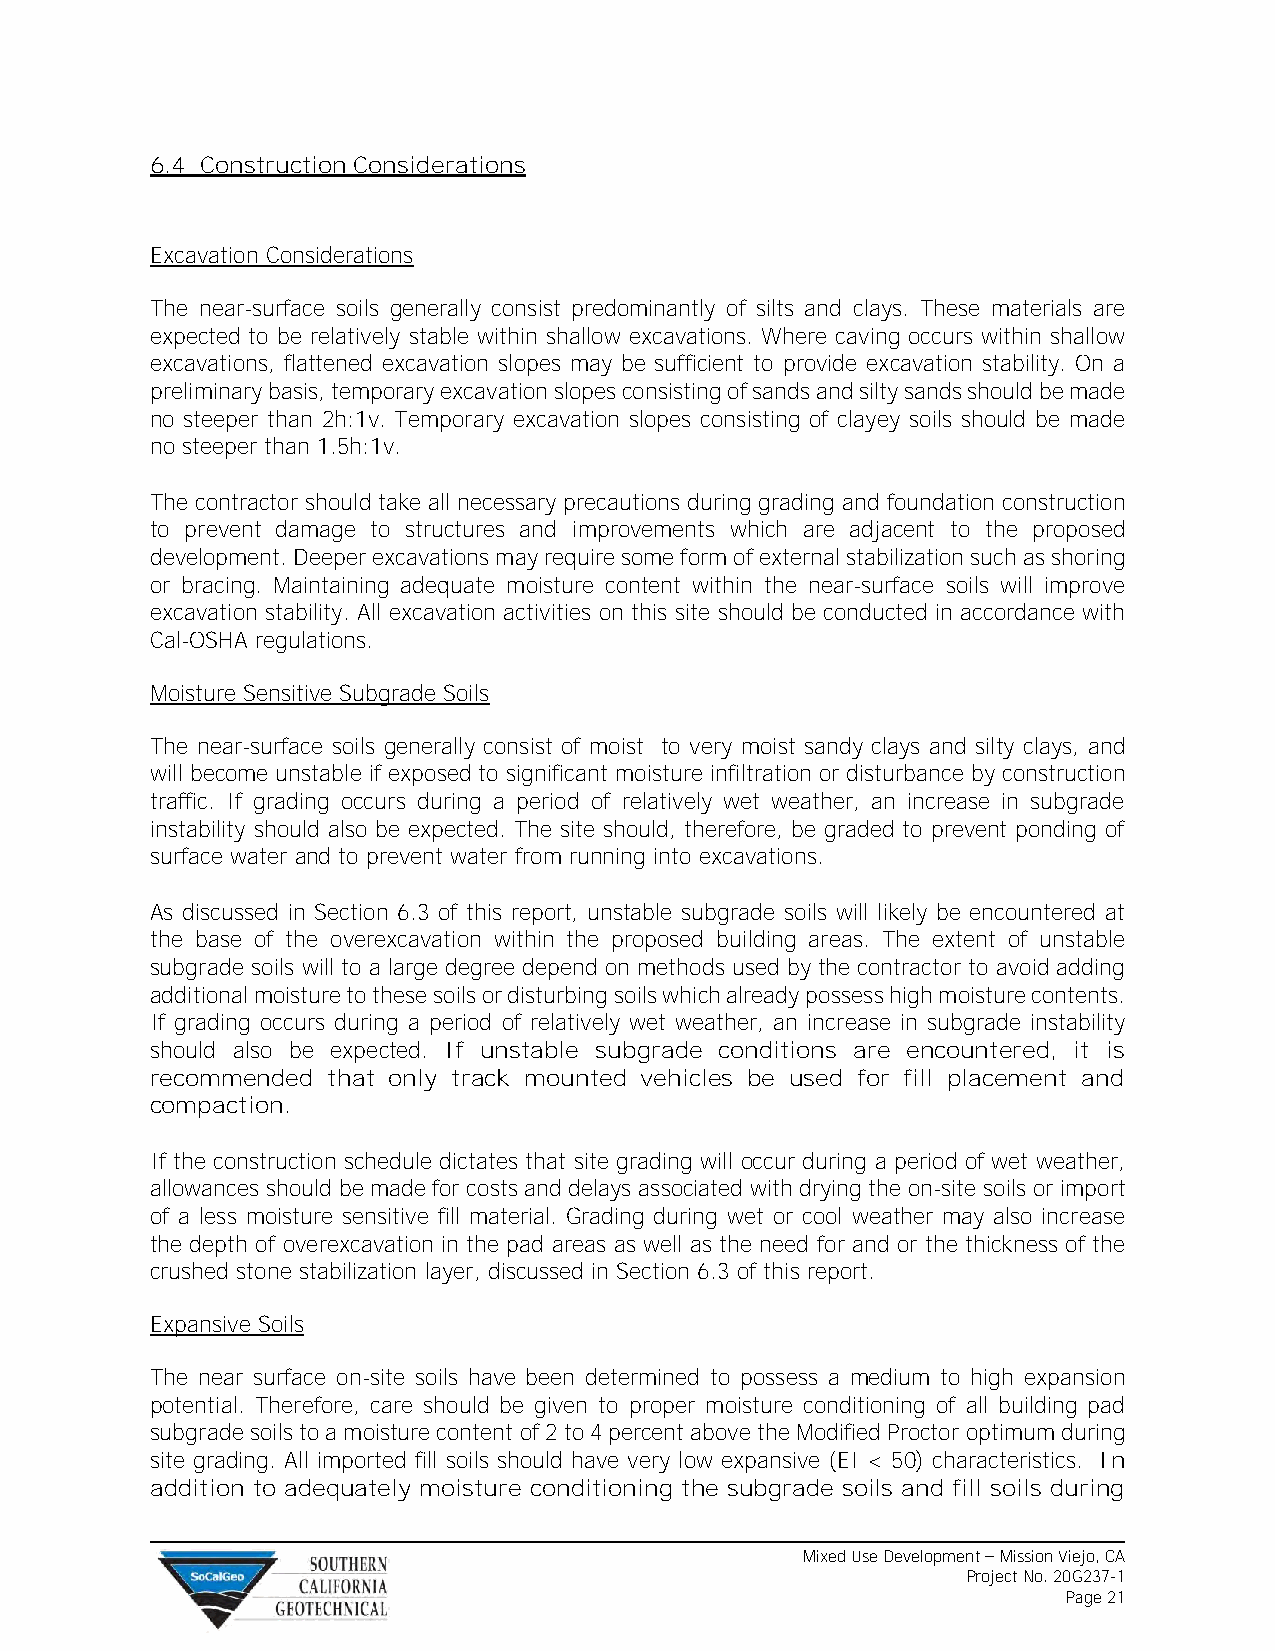
6.4 Construction Considerations
 Excavation Considerations
 The near-surface soils generally consist predominantly of silts and clays. These materials are
 expected to be relatively stable within shallow excavations. Where caving occurs within shallow
 excavations, flattened excavation slopes may be sufficient to provide excavation stability. On a
 preliminary basis, temporary excavation slopes consisting of sands and silty sands should be made
 no steeper than 2h:1v. Temporary excavation slopes consisting of clayey soils should be made
 no steeper than 1.5h:1v.
 The contractor should take all necessary precautions during grading and foundation construction
 to prevent damage to structures and improvements which are adjacent to the proposed
 development. Deeper excavations may require some form of external stabilization such as shoring
 or bracing. Maintaining adequate moisture content within the near-surface soils will improve
 excavation stability. All excavation activities on this site should be conducted in accordance with
 Cal-OSHA regulations.
 Moisture Sensitive Subgrade Soils
 The near-surface soils generally consist of moist to very moist sandy clays and silty clays, and
 will become unstable if exposed to significant moisture infiltration or disturbance by construction
 traffic. If grading occurs during a period of relatively wet weather, an increase in subgrade
 instability should also be expected. The site should, therefore, be graded to prevent ponding of
 surface water and to prevent water from running into excavations.
 As discussed in Section 6.3 of this report, unstable subgrade soils will likely be encountered at
 the base of the overexcavation within the proposed building areas. The extent of unstable
 subgrade soils will to a large degree depend on methods used by the contractor to avoid adding
 additional moisture to these soils or disturbing soils which already possess high moisture contents.
 If grading occurs during a period of relatively wet weather, an increase in subgrade instability
 should also be expected. If unstable subgrade conditions are encountered, it is
 recommended that only track mounted vehicles be used for fill placement and
 compaction.
 If the construction schedule dictates that site grading will occur during a period of wet weather,
 allowances should be made for costs and delays associated with drying the on-site soils or import
 of a less moisture sensitive fill material. Grading during wet or cool weather may also increase
 the depth of overexcavation in the pad areas as well as the need for and or the thickness of the
 crushed stone stabilization layer, discussed in Section 6.3 of this report.
 Expansive Soils
 The near surface on-site soils have been determined to possess a medium to high expansion
 potential. Therefore, care should be given to proper moisture conditioning of all building pad
 subgrade soils to a moisture content of 2 to 4 percent above the Modified Proctor optimum during
 site grading. All imported fill soils should have very low expansive (EI < 50) characteristics. In
 addition to adequately moisture conditioning the subgrade soils and fill soils during
 Mixed Use Development – Mission Viejo, CA
 Project No. 20G237-1
 Page 21